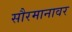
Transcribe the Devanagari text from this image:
सौरमानावर